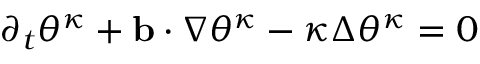
\partial _ { t } \theta ^ { \kappa } + \ensuremath { \mathbf { b } } \cdot \nabla \theta ^ { \kappa } - \kappa \Delta \theta ^ { \kappa } = 0